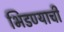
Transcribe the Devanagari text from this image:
भिडण्याची